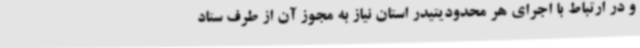
و در ارتباط با اجرای هر محدودیتیدر استان نیاز به مجوز آن از طرف ستاد